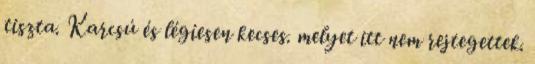
tiszta. Karcsú és légiesen kecses. melyet itt nem rejtegettek.